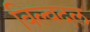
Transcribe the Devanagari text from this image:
बिल्वदल